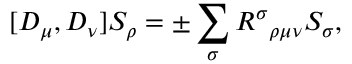
[ D _ { \mu } , D _ { \nu } ] S _ { \rho } = \pm \sum _ { \sigma } R ^ { \sigma } { } _ { \rho \mu \nu } S _ { \sigma } ,